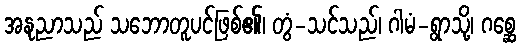
အနုညာသည် သဘောတူပင်ဖြစ်၏၊ တွံ-သင်သည်၊ ဂါမံ-ရွာသို့၊ ဂစ္ဆေ